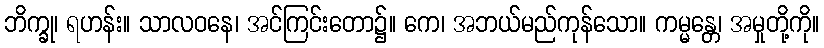
ဘိက္ခု၊ ရဟန်း။ သာလဝနေ၊ အင်ကြင်းတော၌။ ကေ၊ အဘယ်မည်ကုန်သော။ ကမ္မန္တေ၊ အမှုတို့ကို။